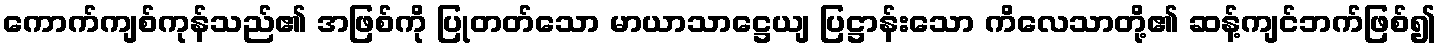
ကောက်ကျစ်ကုန်သည်၏ အဖြစ်ကို ပြုတတ်သော မာယာသာဋ္ဌေယျ ပြဋ္ဌာန်းသော ကိလေသာတို့၏ ဆန့်ကျင်ဘက်ဖြစ်၍